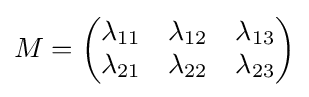
M={\begin{pmatrix}\lambda _{11}&\lambda _{12}&\lambda _{13}\\\lambda _{21}&\lambda _{22}&\lambda _{23}\end{pmatrix}}